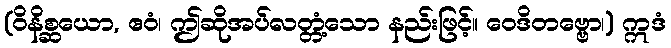
(ဝိနိစ္ဆယော, ဧဝံ၊ ဤဆိုအပ်လတ္တံ့သော နည်းဖြင့်။ ဝေဒိတဗ္ဗော၊) ဣဒံ